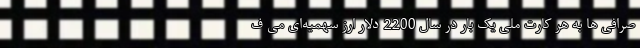
صرافی ها به هر کارت ملی یک بار در سال 2200 دلار ارز سهمیه‌ای می ف